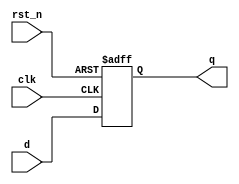
// 1-bit DFF with async reset
// 30 SEP 2014
// ECE552
module flop1b(q, d, clk, rst_n);
  input d;
  input clk, rst_n;
  output reg q;

  always @(posedge clk, negedge rst_n) begin
    if(~rst_n) begin
      q <= 1'b0;
    end
    else begin
      q <= d;
    end
  end
endmodule